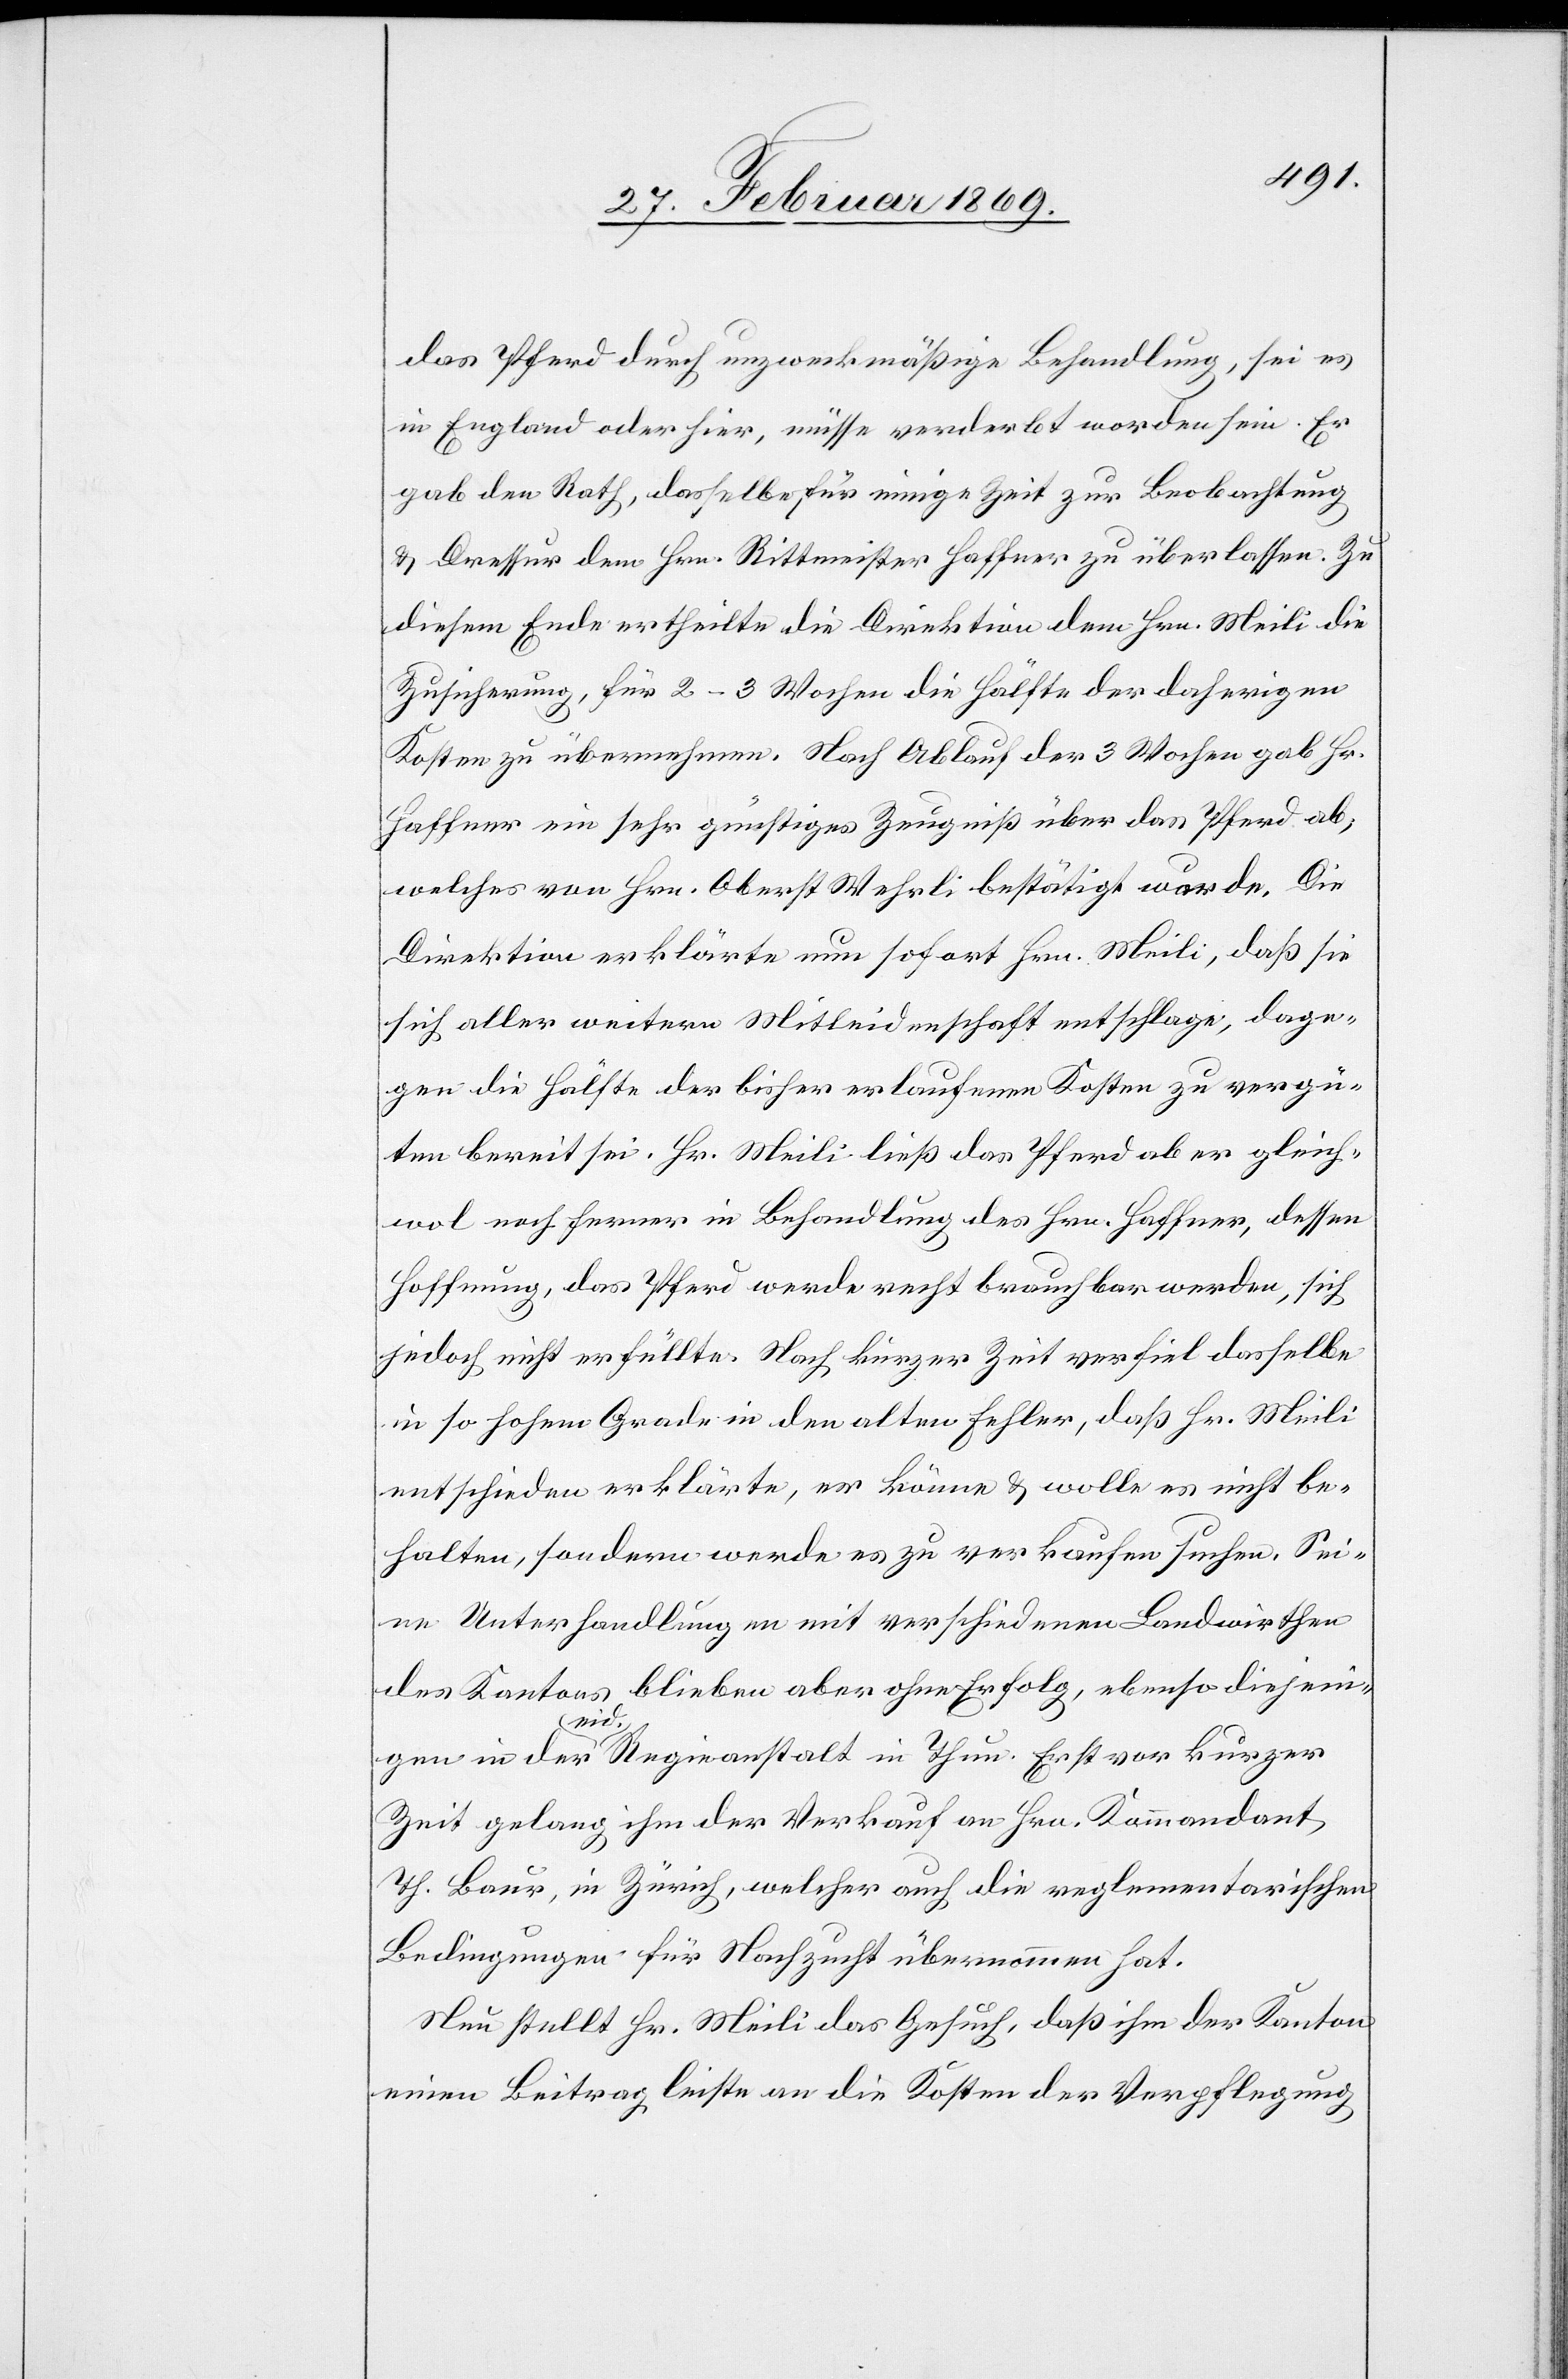
das Pferd durch unzweckmäßige Behandlung, sei es
in England oder hier, müsse verderbt worden sein. Er
gab den Rath, dasselbe für einige Zeit zur Beobachtung
& Dressur dem Hrn. Rittmeister Haffner zu überlassen. Zu
diesem Ende ertheilte die Direktion dem Hrn. Meili die
Zusicherung, für 2–3 Wochen die Hälfte der daherigen
Kosten zu übernehmen. Nach Ablauf der 3 Wochen gab Hr.
Haffner ein sehr günstiges Zeugniß über das Pferd ab,
welches von Hrn. Oberst Wehrli bestätigt wurde. Die
Direktion erklärte nun sofort Hrn. Meili, daß sie
sich aller weitern Mitleidenschaft entschlage, dage¬
gen die Hälfte der bisher erlaufenen Kosten zu vergü¬
ten bereit sei. Hr. Meili ließ das Pferd aber gleich¬
wol noch ferner in Behandlung des Hrn. Haffner, dessen
Hoffnung, das Pferd werde recht brauchbar werden, sich
jedoch nicht erfüllte. Nach kurzer Zeit verfiel dasselbe
in so hohem Grade in den alten Fehler, daß Hr. Meili
entschieden erklärte, er könne & wolle es nicht be¬
halten, sondern werde es zu verkaufen suchen. Sei¬
ne Unterhandlungen mit verschiedenen Landwirthen
des Kantons blieben aber ohne Erfolg, ebenso diejen¬
igen in der eid. Regieanstalt in Thun. Erst vor kurzer
Zeit gelang ihm der Verkauf an Hrn. Kommandant
Th. Baur, in Zürich, welcher auch die reglementarischen
Bedingungen für Nachzucht übernommen hat.
Nun stellt Hr. Meili das Gesuch, daß ihm der Kanton
einen Beitrag leiste an die Kosten der Verpflegung